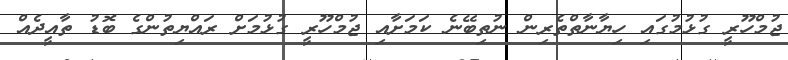
ޖުމްހޫރީ ގުޅުމުގައި ހިޔާނާތްތެރިން ނުތިބޭނެ ކަމަށާއި ޖުމްހޫރީ ގުޅުމަށް ރައްޔިތުންގެ ބޮޑު ތާއީދެއް